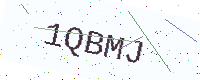
Text: 1QBMJ